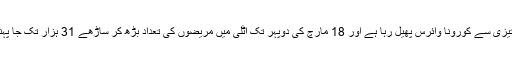
مذکورہ وائرس اب اٹلی، ایران، اسپین، امریکا اور جرمنی میں تیزی سے کورونا وائرس پھیل رہا ہے اور 18 مارچ کی دوپہر تک اٹلی میں مریضوں کی تعداد بڑھ کر ساڑھے 31 ہزار تک جا پہنچی تھی جن میں سے ڈھائی ہزار مریض ہلاک ہو چکے تھے۔